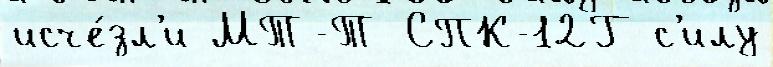
исче́зл'и МТ-Т СПК-12Г с'илу